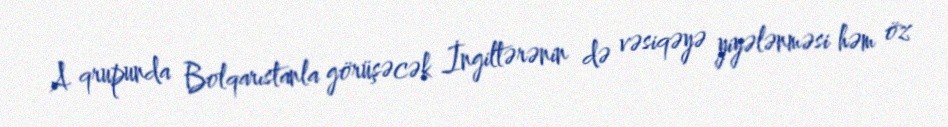
A qrupunda Bolqarıstanla görüşəcək İngiltərənin də vəsiqəyə yiyələnməsi həm öz